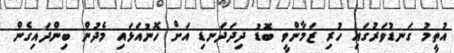
އުތީމު ގަނޑުވަރުގައި ހުރި ޒަމާންވީ ބޮޑު ދިދަދަނޑި އަށް ހޮނުއަޅައި މެދުން ބިންދައިގެން